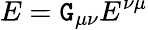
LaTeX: E=\mathtt{G}_{\mu\nu}E^{\nu\mu}